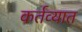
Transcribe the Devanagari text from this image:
कर्तव्यात